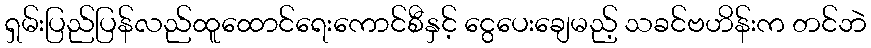
ရှမ်းပြည်ပြန်လည်ထူထောင်ရေးကောင်စီနှင့် ငွေပေးချေမည့် သခင်ဗဟိန်းက တင်ဘဲ